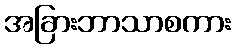
အခြားဘာသာစကား